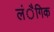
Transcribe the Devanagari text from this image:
लंैगिक